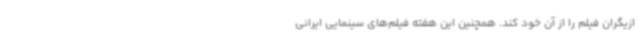
ازیگران فیلم را از آن خود کند. همچنین این هفته فیلم‌های سینمایی ایرانی